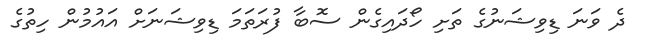
ދެ ވަނަ ޑިވިޝަނުގެ ތަށި ހޯދައިގެން ސޮބާ ފުރަތަމަ ޑިވިޝަނަށް އައުމުން ހިތުގެ